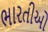
ભારતીઓ